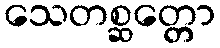
သေတစ္ဆတ္တော